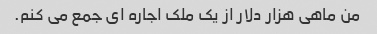
من ماهی هزار دلار از یک ملک اجاره ای جمع می کنم.